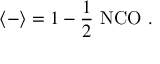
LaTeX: \langle - \rangle = 1 - \frac { 1 } { 2 } ~ \mathrm { N C O } ~ .